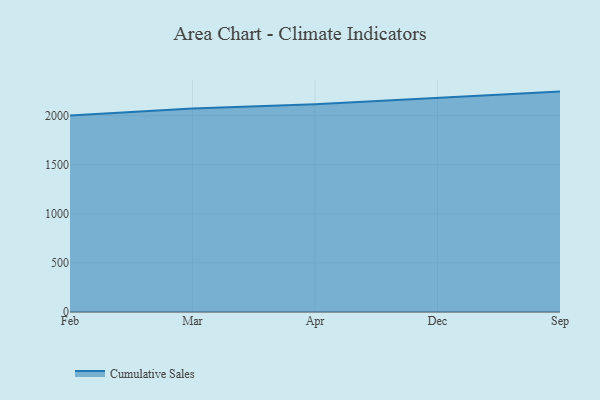
{"axis": {"x": "Month", "y": "Backlog"}, "legend": ["Cumulative Sales"], "data": [{"x": "Feb", "y": 2000.0, "type": "Cumulative Sales"}, {"x": "Mar", "y": 2073.0, "type": "Cumulative Sales"}, {"x": "Apr", "y": 2114.7, "type": "Cumulative Sales"}, {"x": "Dec", "y": 2179.6, "type": "Cumulative Sales"}, {"x": "Sep", "y": 2244.3, "type": "Cumulative Sales"}]}